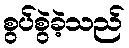
စွပ်စွဲခဲ့သည်